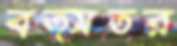
বত্সতর